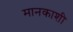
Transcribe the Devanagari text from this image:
मानकाशी